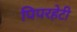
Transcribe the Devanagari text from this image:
पिपरहेटी